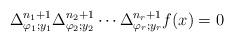
LaTeX: \begin{align*} \Delta_{\varphi_1;y_1}^{n_1+1} \Delta_{\varphi_2;y_{2}}^{n_{2}+1} \cdots \Delta_{\varphi_r;y_{r}}^{n_{r}+1}f(x)=0 \end{align*}